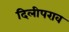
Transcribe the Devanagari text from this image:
दिलीपराव